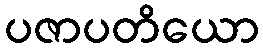
ပဇာပတိယော